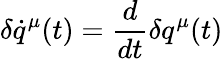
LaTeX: \delta\dot{q}^{\mu}(t)=\frac{d}{dt}\delta q^{\mu}(t)